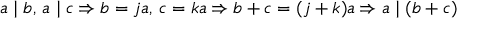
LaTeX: a \mid b , \, a \mid c \Rightarrow b = j a , \, c = k a \Rightarrow b + c = ( j + k ) a \Rightarrow a \mid ( b + c )